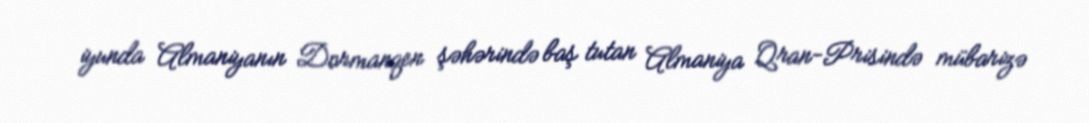
iyunda Almaniyanın Dormanqen şəhərində baş tutan Almaniya Qran-Prisində mübarizə